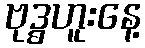
ဗုဒ္ဓဟူးနေ့